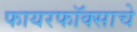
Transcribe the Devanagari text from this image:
फायरफॉक्साचे